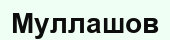
Муллашов